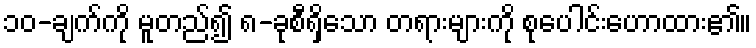
၁၀-ချက်ကို မူတည်၍ ၈-ခုစီရှိသော တရားများကို စုပေါင်းဟောထား၏။